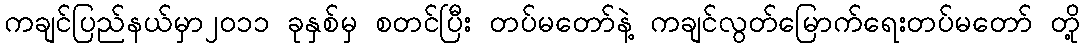
ကချင်ပြည်နယ်မှာ၂၀၁၁ ခုနှစ်မှ စတင်ပြီး တပ်မတော်နဲ့ ကချင်လွတ်မြောက်ရေးတပ်မတော် တို့